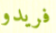
فريدو